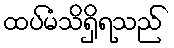
ထပ်မံသိရှိရသည်